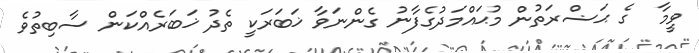
ވީމާ  ގެ ޙަޟްރަތުން މުޙައްމަދުގެފާނު ގެންނަވާ ޚަބަރަކީ ތެދު ޚަބަރެއްކަން ސާބިތުވެ